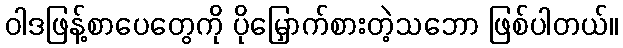
ဝါဒဖြန့်စာပေတွေကို ပိုမြှောက်စားတဲ့သဘော ဖြစ်ပါတယ်။